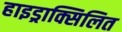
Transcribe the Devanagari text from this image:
हाइड्राक्सिलित